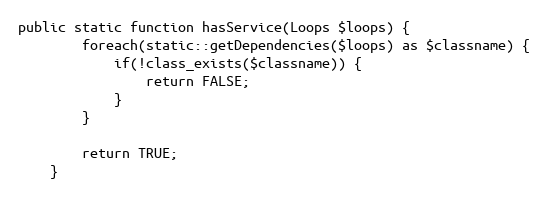
Language: PHP
public static function hasService(Loops $loops) {
        foreach(static::getDependencies($loops) as $classname) {
            if(!class_exists($classname)) {
                return FALSE;
            }
        }

        return TRUE;
    }